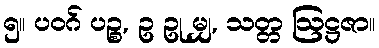
၅။ ပဝဂ် ပဉ္စ, ဥ ဥု မျှ, သတ္တ ဩဋ္ဌဇာ။